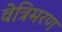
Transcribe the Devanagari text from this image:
वेत्रिमरण